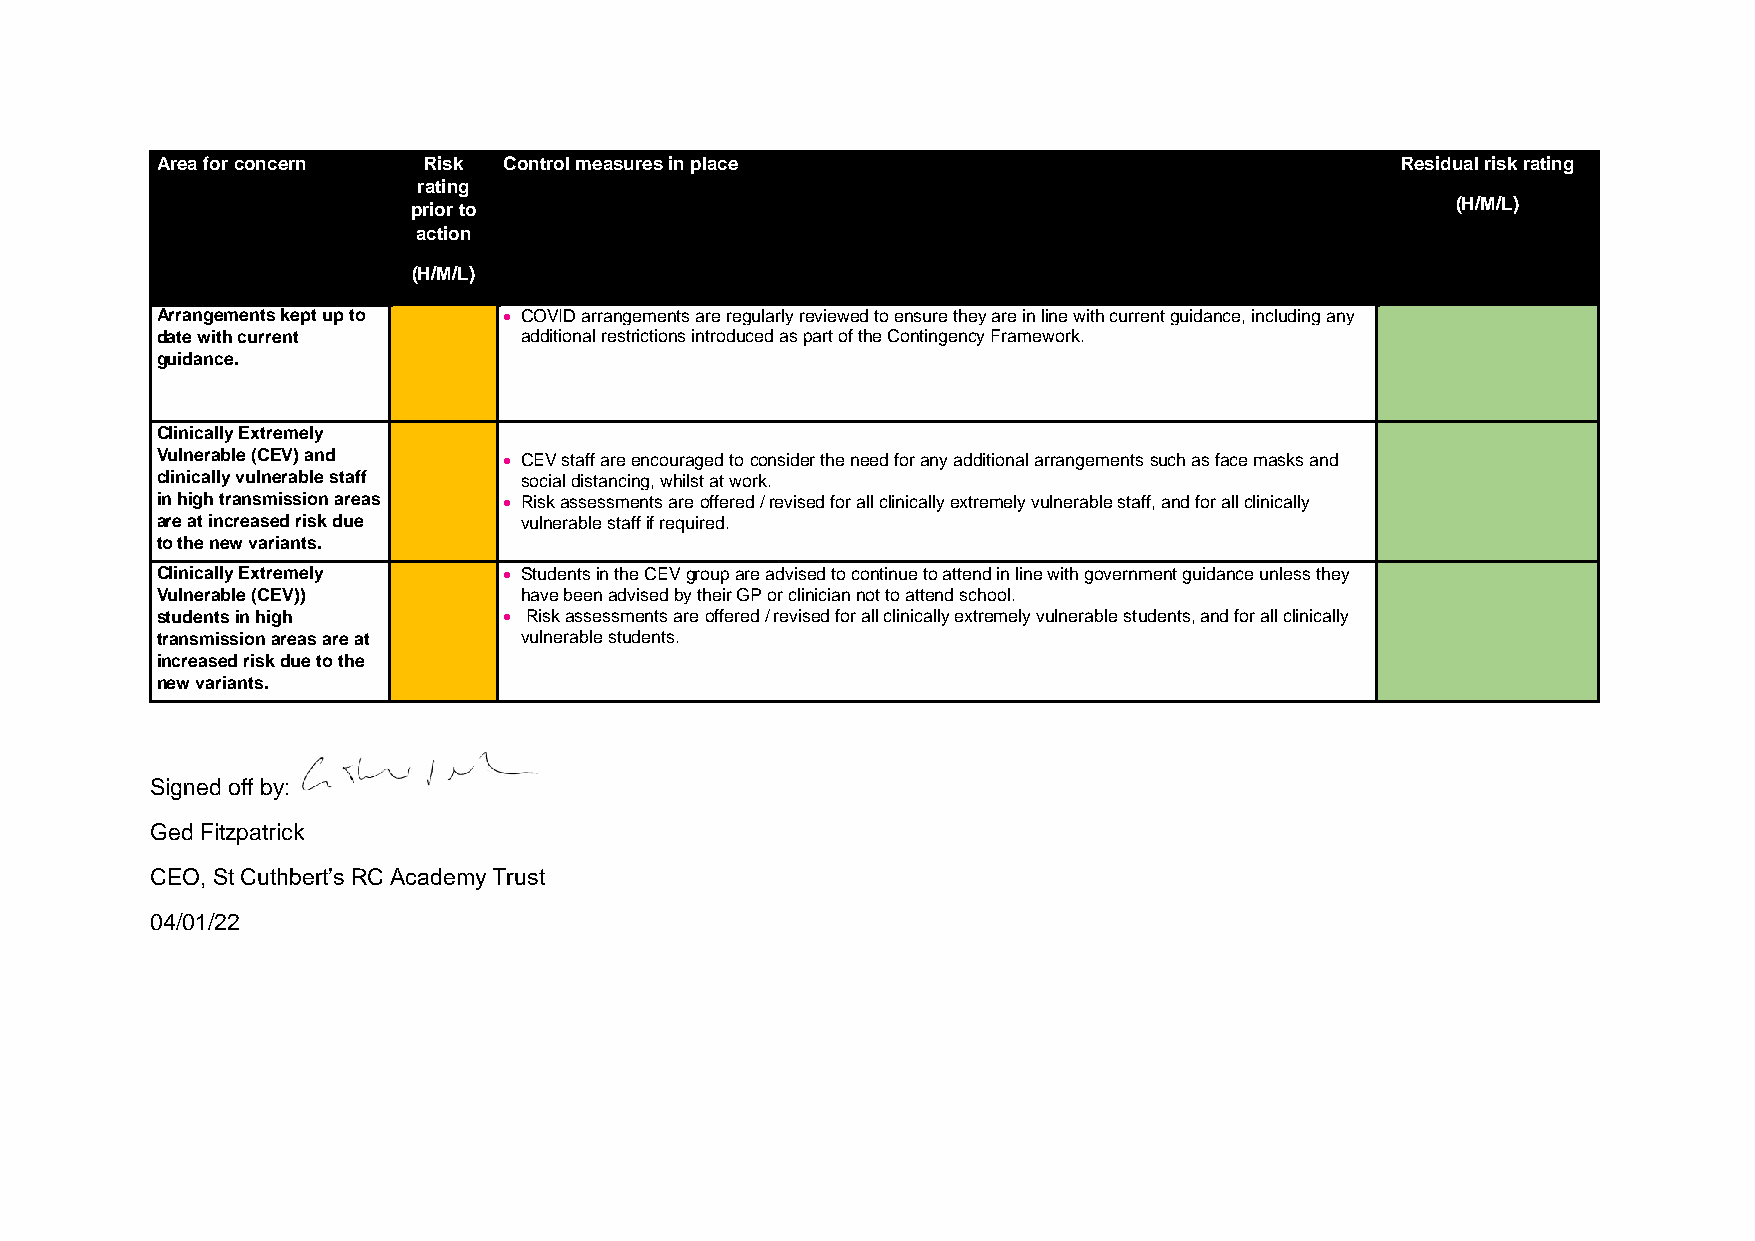
Area for concern  Risk Control measures in place                                   Residual risk rating
 rating
 prior to                                                             (H/M/L)
 action
 (H/M/L)
 Arrangements kept up to • COVID arrangements are regularly reviewed to ensure they are in line with current guidance, including any
 date with current       additional restrictions introduced as part of the Contingency Framework.
 guidance.
 Clinically Extremely
 Vulnerable (CEV) and   • CEV staff are encouraged to consider the need for any additional arrangements such as face masks and
 clinically vulnerable staff social distancing, whilst at work.
 in high transmission areas • Risk assessments are offered / revised for all clinically extremely vulnerable staff, and for all clinically
 are at increased risk due vulnerable staff if required.
 to the new variants.
 Clinically Extremely   • Students in the CEV group are advised to continue to attend in line with government guidance unless they
 Vulnerable (CEV))       have been advised by their GP or clinician not to attend school.
 students in high       • Risk assessments are offered / revised for all clinically extremely vulnerable students, and for all clinically
 transmission areas are at vulnerable students.
 increased risk due to the
 new variants.
 Signed off by:
 Ged Fitzpatrick
 CEO, St Cuthbert’s RC Academy Trust
 04/01/22